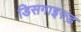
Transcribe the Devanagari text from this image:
डिसगाइज़्ड